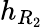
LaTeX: h_{R_{2}}